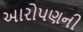
આરોપણની